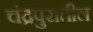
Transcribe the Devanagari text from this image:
चंद्रपुरातील